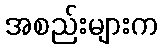
အစည်းများက